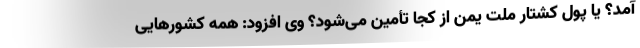
آمد؟ یا پول کشتار ملت یمن از کجا تأمین می‌شود؟ وی افزود: همه کشور‌هایی